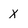
Character: X